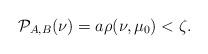
LaTeX: \begin{align*}\mathcal{P}_{A,B}(\nu)=a \rho(\nu,\mu_0)<\zeta.\end{align*}